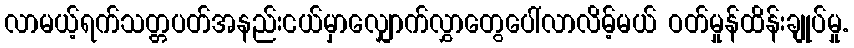
လာမယ့်ရက်သတ္တပတ်အနည်းငယ်မှာလျှောက်လွှာတွေပေါ်လာလိမ့်မယ် ဝတ်မှုန်ထိန်းချုပ်မှု.